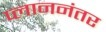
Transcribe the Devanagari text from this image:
प्लाननंतर